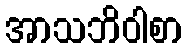
အာသဘိဝါစာ